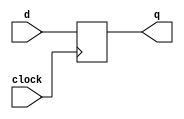
module dff_pos (d   , clock   , q);
  input d, clock ; 
  output reg q;

  always @ ( posedge clock)
      begin
        q <= d;
        end
endmodule